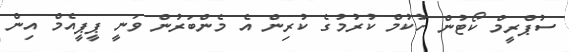
ސުޕްރީމް ކޯޓުން ހުކުމް ކުރުމުގެ ކުރިން އެ މެންބަރުން ވަނީ ޕީޕީއެމް އިން